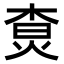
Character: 𤉲